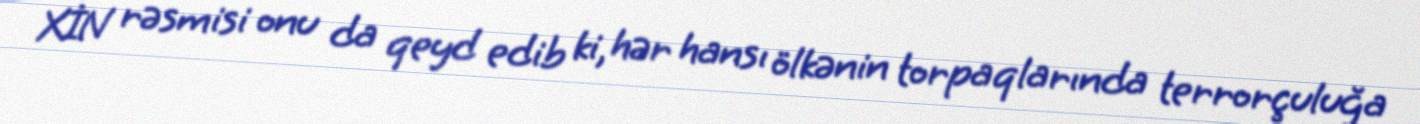
XİN rəsmisi onu da qeyd edib ki, hər hansı ölkənin torpaqlarında terrorçuluğa